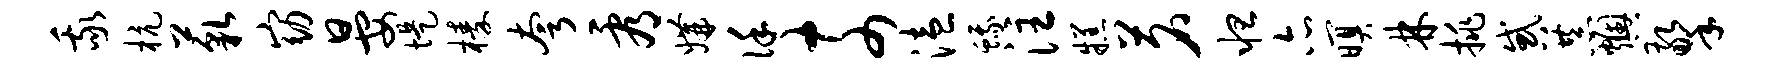
我杭藐窈晏堤榛夸看媾谨奈溘蛾注糕茗怛亦暝林挑惑恭燠擎